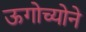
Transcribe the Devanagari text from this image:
ऊगोच्योने